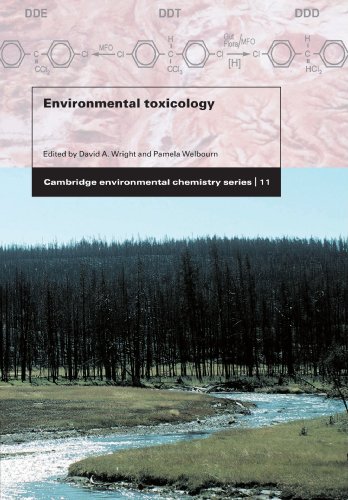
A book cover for Environmental Toxicology (Cambridge Environmental Chemistry Series); David A. Wright; Medical Books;